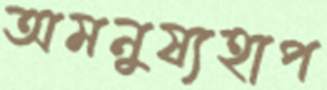
অমনুষ্যহাপ